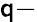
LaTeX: \mathsf{q}-